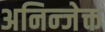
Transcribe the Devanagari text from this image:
अनिन्जेक्त